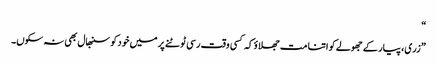
“
”زری، پیار کے جھولے کو اتنا مت جھلاؤ کہ کسی وقت رسی ٹوٹنے پر میں خود کو سنبھال بھی نہ سکوں۔